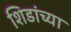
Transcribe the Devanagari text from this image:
शिडांच्या